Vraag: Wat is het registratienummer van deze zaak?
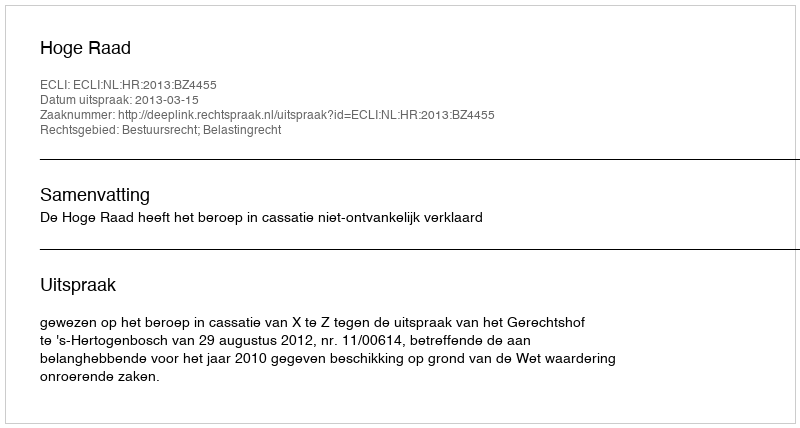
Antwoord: http://deeplink.rechtspraak.nl/uitspraak?id=ECLI:NL:HR:2013:BZ4455